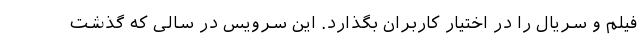
فیلم و سریال را در اختیار کاربران بگذارد. این سرویس در سالی که گذشت